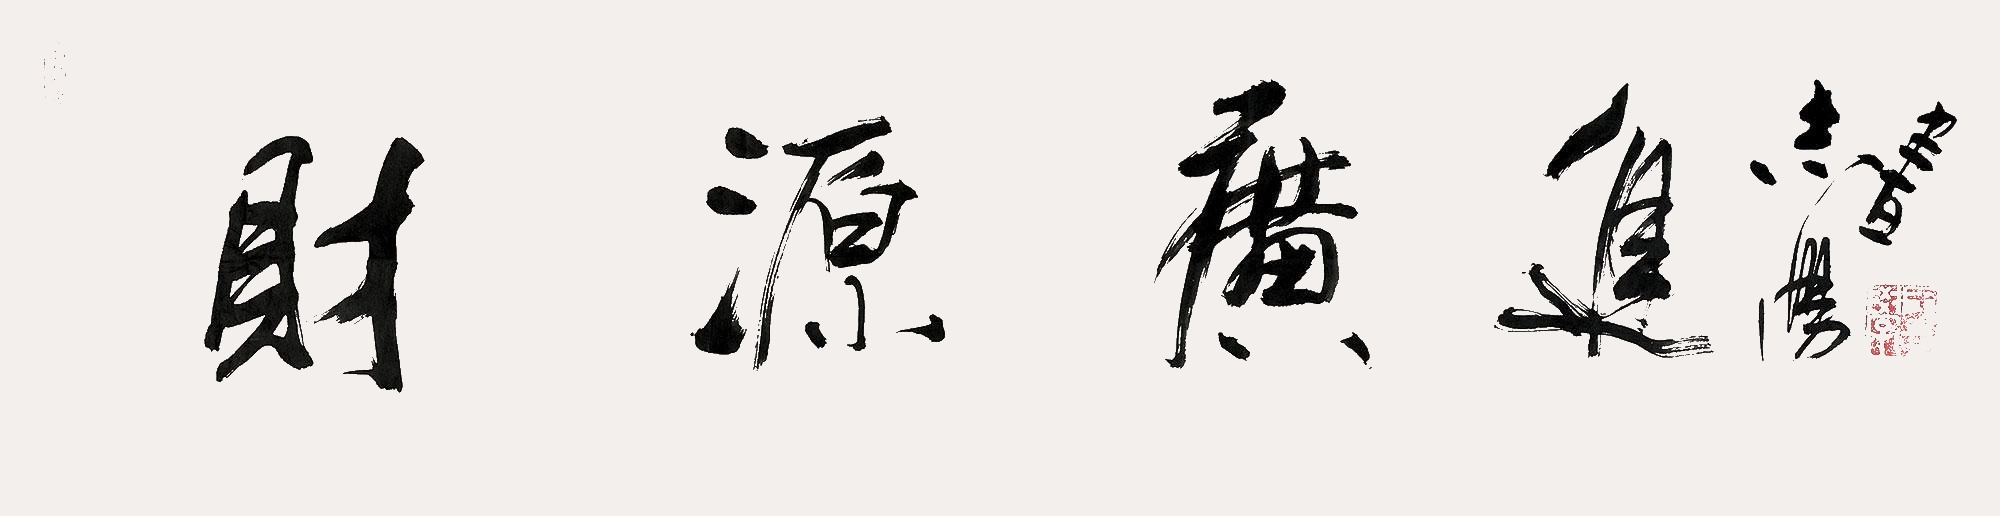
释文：财源广进志学书。